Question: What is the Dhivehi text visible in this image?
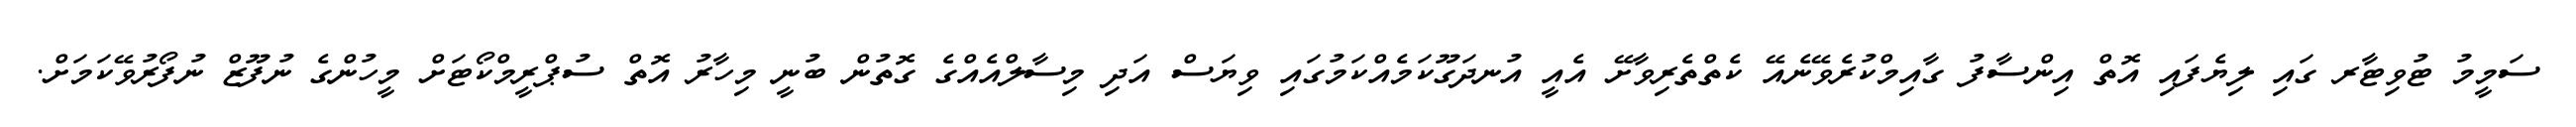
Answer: ސަމީމު ޓުވިޓާރ ގައި ލިޔެފައި އޮތް އިންސާފު ގާއިމްކުރެވޭނެއޭ ކެތްތެރިވާށޭ އެއީ އުނދަގޫކަމެއްކަމުގައި ވިޔަސް އަދި މިސާލްއެއްގެ ގޮތުން ބުނީ މިހާރު އޮތް ސުޕްރީމްކޯޓަށް މީހުންގެ ނުފޫޒް ނުފޯރުވޭކަމަށް.